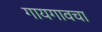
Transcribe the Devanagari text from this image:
गायगावचा